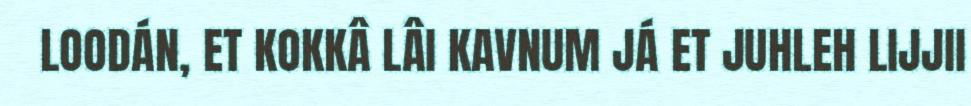
LOODÁN, ET KOKKÂ LÂI KAVNUM JÁ ET JUHLEH LIJJII